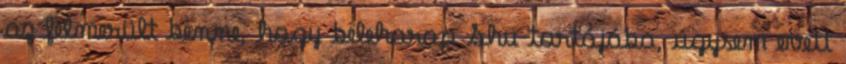
az felmerült benne, hogy beleharap Shu tortájába, úgysem evett